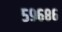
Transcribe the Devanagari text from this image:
५९६८६